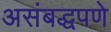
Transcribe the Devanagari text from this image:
असंबद्धपणे